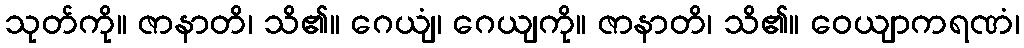
သုတ်ကို။ ဇာနာတိ၊ သိ၏။ ဂေယျံ၊ ဂေယျကို။ ဇာနာတိ၊ သိ၏။ ဝေယျာကရဏံ၊